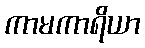
ကာမကာရိယာ